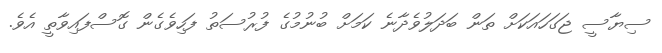
ސިޔާސީ ޖަގަހައަކަށް ތަން ބަދަލުވެދާނެ ކަމަށް ބުނުމުގެ ފުރުސަތު ފަހިވެގެން ގޮސްފައިވާތީ އެވެ.